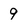
Character: 9